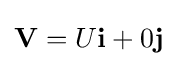
\mathbf {V} =U\mathbf {i} +0\mathbf {j}